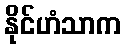
နိုင်ဟံသာက